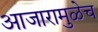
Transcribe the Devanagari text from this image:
आजारामुळेच